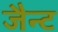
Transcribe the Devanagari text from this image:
जैन्ट